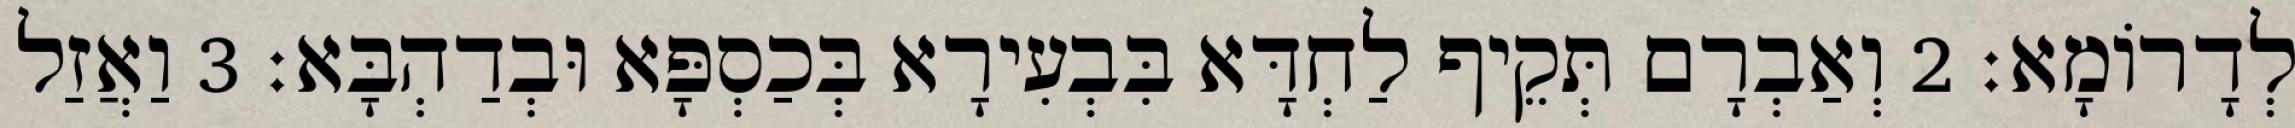
לְדָרוֹמָא׃ 2 וְאַבְרָם תְּקֵיף לַחְדָּא בִּבְעִירָא בְּכַסְפָּא וּבְדַהְבָּא׃ 3 וַאֲזַל